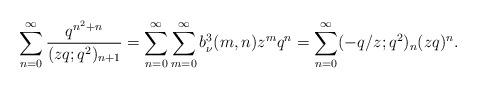
LaTeX: \begin{align*} \sum_{n=0}^{\infty}\frac{q^{n^2+n}}{(zq;q^2)_{n+1}}=\sum_{n=0}^{\infty}\sum_{m=0}^{\infty}b^3_\nu(m,n)z^mq^n=\sum_{n=0}^{\infty}(-q/z;q^2)_n(zq)^n.\end{align*}